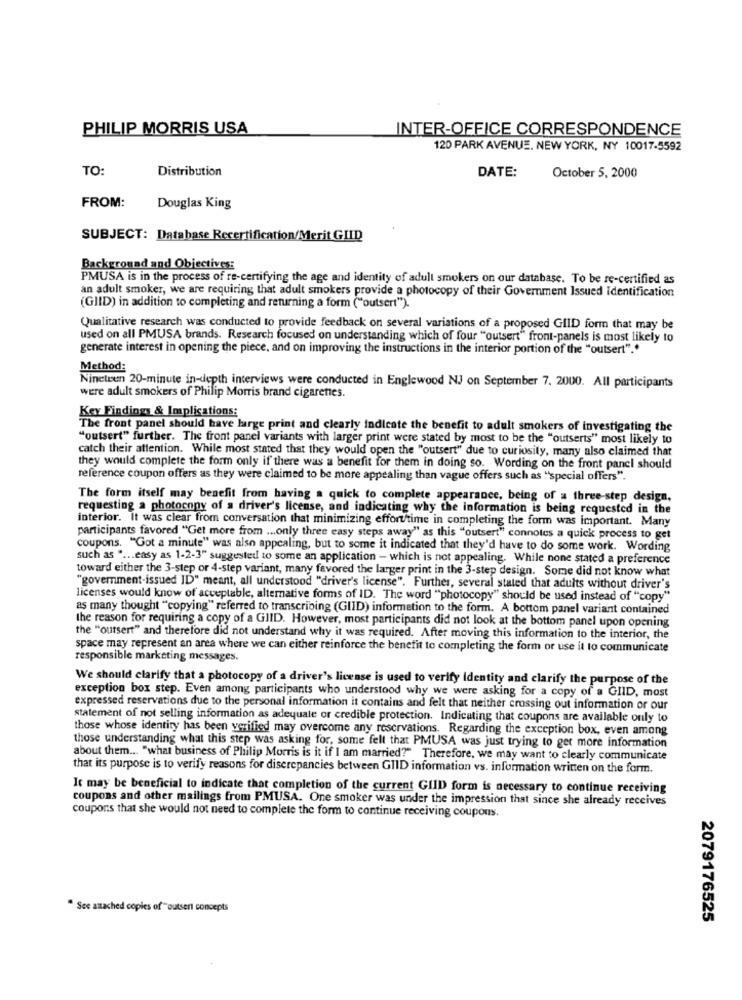
PHILIP MORRIS USA
INTER-OFFICE CORRESPONDENCE
120 PARK AVENUE. NEW YORK, NY 10017-5592
TO:
Distribution
DATE:
October 5, 2000
FROM:
Douglas King
SUBJECT: Database Recertification/Merit GLID
Background and Objectives:
PMUSA is in the process of re-certifying the age and identity of adult smokers on our database. To be re-certified as
an adult smoker, we are requiring that adult smokers provide a photocopy of their Government Issued Identification
(GIID) in addition to completing and returning a form ("outsert").
Qualitative research was conducted to provide feedback on several variations of a proposed GIID form that may be
used on all PMUSA brands. Research focused on understanding which of four "outsert" front-panels is most likely to
generate interest in opening the piece, and on improving the instructions in the interior portion of the "outsert"."
Method:
Nineteen 20-minute in-depth interviews were conducted in Englewood NJ on September 7. 2000. All participants
were adult smokers of Philip Morris brand cigarettes.
Key Findings & Implications:
The front panel should have large print and clearly indicate the benefit to adult smokers of investigating the
"outsert" further. The front panel variants with larger print were stated by most to be the "outserts" most likely to
catch their attention. While most stated that they would open the "outsert" due to curiosity, many also claimed that
they would complete the form only if there was a benefit for them in doing so. Wording on the front panel should
reference coupon offers as they were claimed to be more appealing than vague offers such as "special offers".
The form itself may benefit from having a quick to complete appearance, being of a three-step design,
requesting a photocopy of a driver's license, and indicating why the information is being requested in the
interior. It was clear from conversation that minimizing effort/time in completing the form was important. Many
participants favored "Get more from ... only three easy steps away" as this "outsert" connotes a quick process to get
coupons. "Got a minute" was also appealing, but to some it indicated that they'd have to do some work. Wording
such as " ... easy as 1-2-3" suggested to some an application - which is not appealing. While none stated a preference
toward either the 3-step or 4-step variant, many favored the larger print in the 3-step design. Some did not know what
"government-issued ID" meant, all understood "driver's license". Further, several stated that adults without driver's
licenses would know of acceptable, alternative forms of ID. The word "photocopy" should be used instead of "copy"
as many thought "copying" referred to transcribing (GIID) information to the form. A bottom panel variant contained
the reason for requiring a copy of a GJID. However, most participants did not look at the bottom panel upon opening
the "oursert" and therefore did not understand why it was required. After moving this information to the interior, the
space may represent an area where we can either reinforce the benefit to completing the form or use it to communicate
responsible marketing messages.
We should clarify that a photocopy of a driver's license is used to verify Identity and clarify the purpose of the
exception box step. Even among participants who understood why we were asking for a copy of a GIID, most
expressed reservations due to the personal information it contains and felt that neither crossing out information or our
statement of not selling information as adequate or credible protection. Indicating that coupons are available only to
those whose identity has been verified may overcome any reservations. Regarding the exception box, even among
those understanding what this step was asking for, some felt that PMUSA was just trying to get more information
about them ... "what business of Philip Morris is it if I am married?" Therefore, we may want to clearly communicate
that its purpose is to verify reasons for discrepancies between GIID information vs. information written on the form.
It may be beneficial to indicate that completion of the current GIID form is necessary to continue receiving
coupons and other mailings from PMUSA. One smoker was under the impression that since she already receives
coupons that she would not need to complete the form to continue receiving coupons.
" See azached copies of "outser concepts
2079176525